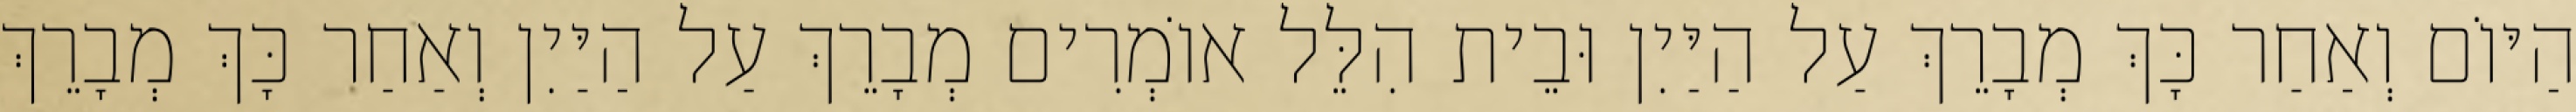
הַיּוֹם וְאַחַר כָּךְ מְבָרֵךְ עַל הַיַּיִן וּבֵית הִלֵּל אוֹמְרִים מְבָרֵךְ עַל הַיַּיִן וְאַחַר כָּךְ מְבָרֵךְ